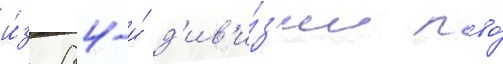
и́з 84-и́ д'ив'и́з'ии пво́